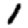
Digit: 1